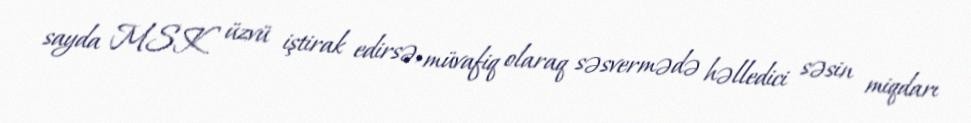
sayda MSK üzvü iştirak edirsə, müvafiq olaraq səsvermədə həlledici səsin miqdarı